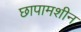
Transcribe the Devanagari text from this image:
छापामशीन